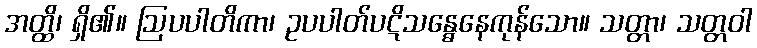
အတ္ထိ၊ ရှိ၏။ ဩပပါတိကာ၊ ဥပပါတ်ပဋိသန္ဓေနေကုန်သော။ သတ္တာ၊ သတ္တဝါ